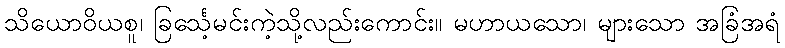
သိယောဝိယစူ၊ ခြင်္သေ့မင်းကဲ့သို့လည်းကောင်း။ မဟာယသော၊ များသော အခြံအရံ